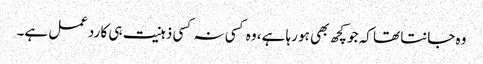
وہ جانتا تھا کہ جو کچھ بھی ہو رہا ہے، وہ کسی نہ کسی ذہنیت ہی کا ردعمل ہے۔